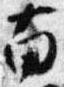
南